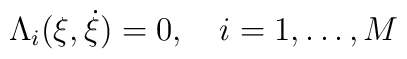
\Lambda_i(\xi,\dot{\xi})=0,\quad i=1,\dots,M